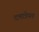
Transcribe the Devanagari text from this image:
दत्तात्रेयच